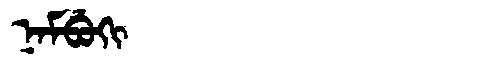
Manchu: ᠨᠠᠮᠪᡠᡴᡳ
Romanization: NAMBUKI